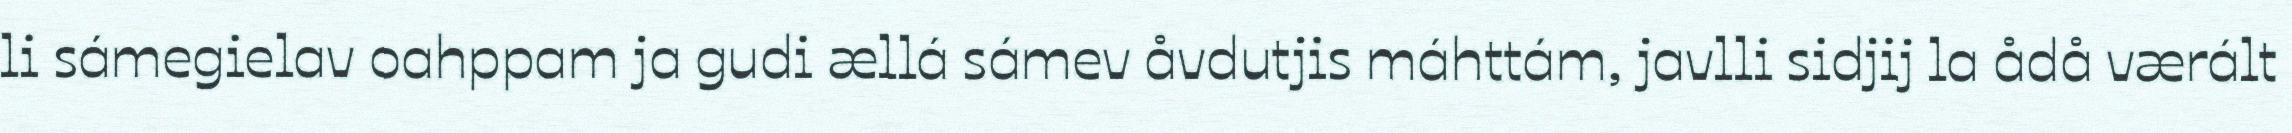
li sámegielav oahppam ja gudi ællá sámev åvdutjis máhttám, javlli sidjij la ådå værált